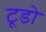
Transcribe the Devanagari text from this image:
टूडो